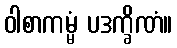
ဝါစာကမ္မံ ပဒက္ခိဏံ။